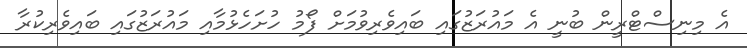
އެ މިނިސްޓްރީން ބުނީ އެ މައުރަޒުގައި ބައިވެރިވުމަށް ފޯމު ހުށަހެޅުމާއި މައުރަޒުގައި ބައިވެރިކުރާ